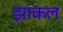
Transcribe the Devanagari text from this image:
झाकल